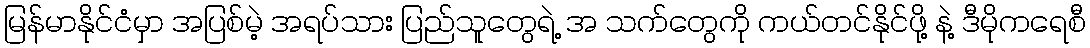
မြန်မာနိုင်ငံမှာ အပြစ်မဲ့ အရပ်သား ပြည်သူတွေရဲ့ အ သက်တွေကို ကယ်တင်နိုင်ဖို့ နဲ့ ဒီမိုကရေစီ